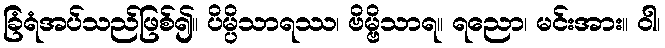
ခြံရံအပ်သည်ဖြစ်၍။ ပိမ္ပိသာရဿ၊ ဗိမ္ဗိသာရ။ ရညော၊ မင်းအား။ ဝါ၊